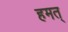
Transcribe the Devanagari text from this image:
हमत्